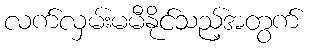
လက်လှမ်းမမီနိုင်သည့်အတွက်